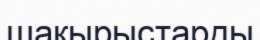
шақырыстарды